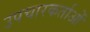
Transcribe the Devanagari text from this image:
उपचारकर्ताओं